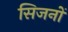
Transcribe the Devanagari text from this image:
सिजनों